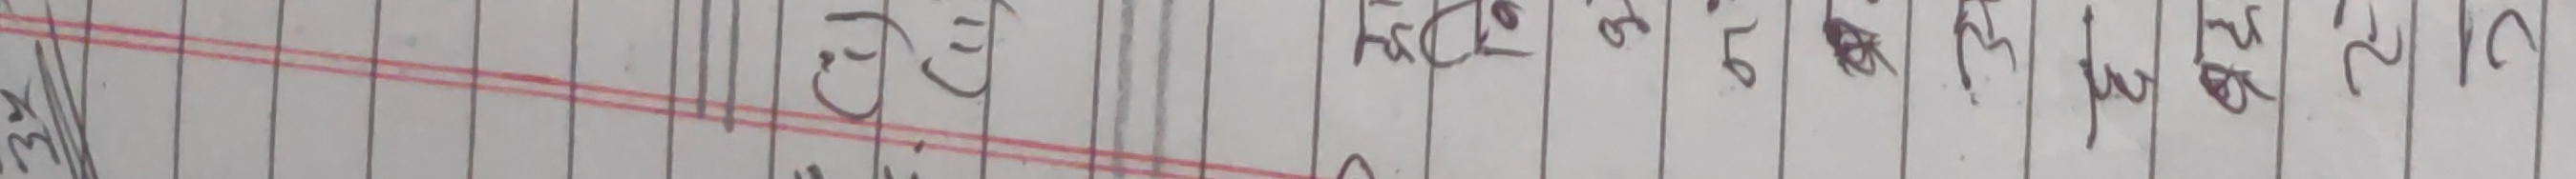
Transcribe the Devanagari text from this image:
२२।२३।१५।७/६/९/४।